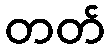
တတ်